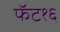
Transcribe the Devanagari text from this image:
फॅट१६